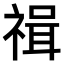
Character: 𥚶